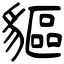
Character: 貙